Vaccination in Burma 1889-1999 - 1889-1999
Year: 1889
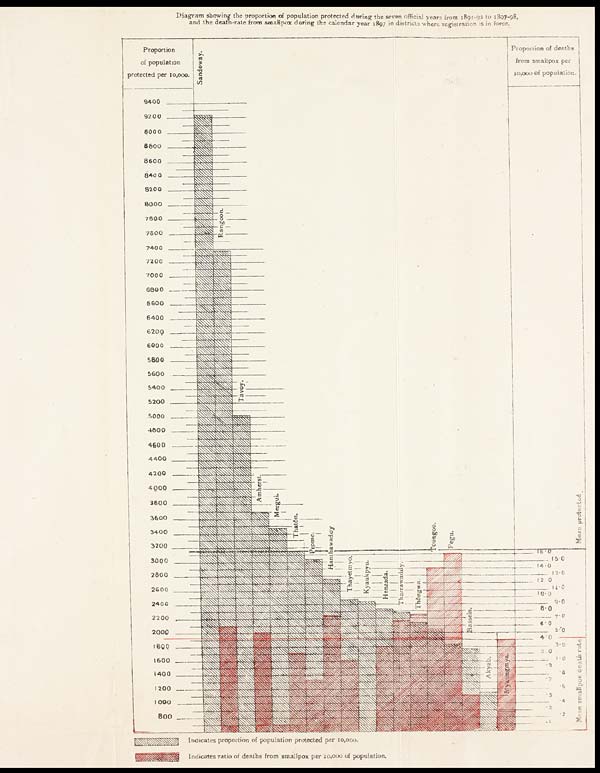
Diagram showing the proportion of population protected during the seven official years from 1891-92 to 1897-98,
and the death-rate from smallpox during the calendar year 1897 in districts where registration is in force.